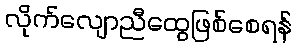
လိုက်လျောညီထွေဖြစ်စေရန်